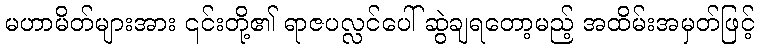
မဟာမိတ်များအား ၎င်းတို့၏ ရာဇပလ္လင်ပေါ် ဆွဲချရတော့မည့် အထိမ်းအမှတ်ဖြင့်